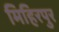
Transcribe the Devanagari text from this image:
मिहिरपुर